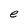
Character: e